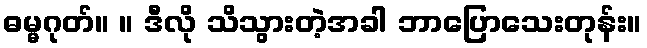
ဓမ္မဂုတ်။ ။ ဒီလို သိသွားတဲ့အခါ ဘာပြောသေးတုန်း။